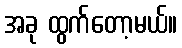
အခု ထွက်တော့မယ်။